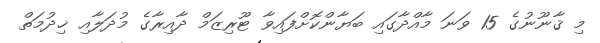
މި ޤާނޫނުގެ 15 ވަނަ މާއްދާގައި ބަޔާންކޮށްފައިވާ ޓޫރިޒަމް ދާއިރާގެ މުދަލާއި ޚިދުމަތް